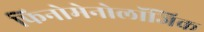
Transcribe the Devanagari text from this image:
फिनोमेनोलॉजिक